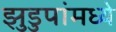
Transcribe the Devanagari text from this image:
झुडुपांमध्ये